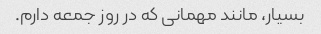
بسیار، مانند مهمانی که در روز جمعه دارم.